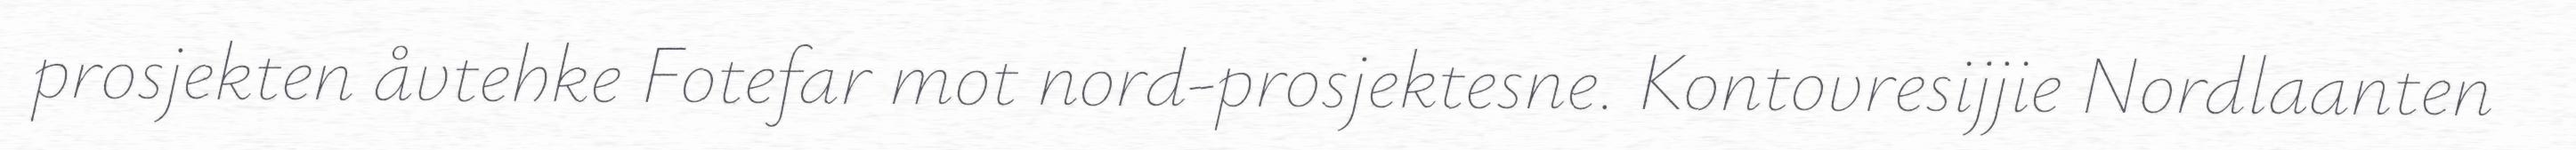
prosjekten åvtehke Fotefar mot nord-prosjektesne. Kontovresijjie Nordlaanten